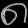
Digit: ၈